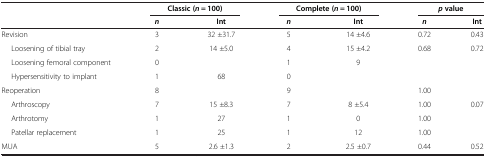
<table><thead><tr><td><b> </b></td><td colspan="2"><b>Classic (<i>n</i> = 100)</b></td><td colspan="2"><b>Complete (<i>n</i> = 100)</b></td><td colspan="2"><b><i>p </i>value</b></td></tr><tr><td><b> </b></td><td><b><i>n</i></b></td><td><b>Int</b></td><td><b><i>n</i></b></td><td><b>Int</b></td><td><b><i>n</i></b></td><td><b>Int</b></td></tr></thead><tbody><tr><td>Revision</td><td>3</td><td>32 ±31.7</td><td>5</td><td>14 ±4.6</td><td>0.72</td><td>0.43</td></tr><tr><td>Loosening of tibial tray</td><td>2</td><td>14 ±5.0</td><td>4</td><td>15 ±4.2</td><td>0.68</td><td>0.72</td></tr><tr><td>Loosening femoral component</td><td>0</td><td> </td><td>1</td><td>9</td><td> </td><td> </td></tr><tr><td>Hypersensitivity to implant</td><td>1</td><td>68</td><td>0</td><td> </td><td> </td><td> </td></tr><tr><td>Reoperation</td><td>8</td><td> </td><td>9</td><td> </td><td>1.00</td><td> </td></tr><tr><td>Arthroscopy</td><td>7</td><td>15 ±8.3</td><td>7</td><td>8 ±5.4</td><td>1.00</td><td>0.07</td></tr><tr><td>Arthrotomy</td><td>1</td><td>27</td><td>1</td><td>0</td><td>1.00</td><td> </td></tr><tr><td>Patellar replacement</td><td>1</td><td>25</td><td>1</td><td>12</td><td>1.00</td><td> </td></tr><tr><td>MUA</td><td>5</td><td>2.6 ±1.3</td><td>2</td><td>2.5 ±0.7</td><td>0.44</td><td>0.52</td></tr></tbody></table>